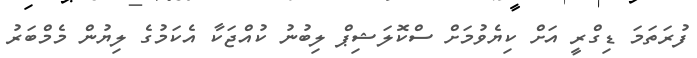
ފުރަތަމަ ޑިގްރީ އަށް ކިޔެވުމަށް ސްކޮލަޝިޕް ލިބުނު ކުއްޖަކާ އެކަމުގެ ލިޔުން މެމްބަރު